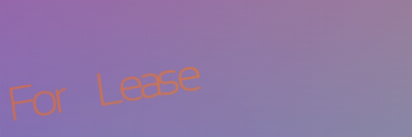
For Lease